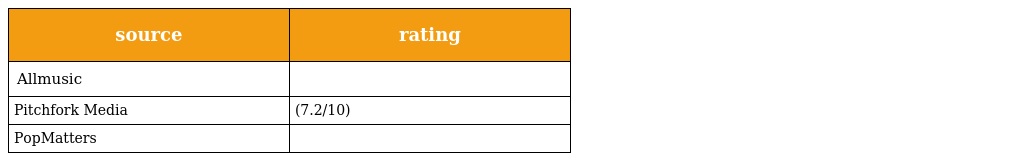
| source | rating |
 | --- | --- |
 | Allmusic |  |
 | Pitchfork Media | (7.2/10) |
 | PopMatters |  |